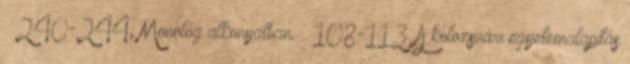
– 240-244; Monológ alkonyatban. – 108-113. A kolozsvári egyetemalapítás